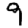
Digit: 9